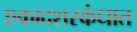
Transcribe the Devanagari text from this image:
एकादशस्‍कंधात